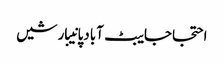
احتجاجایبٹ آبادپانیبارشیں